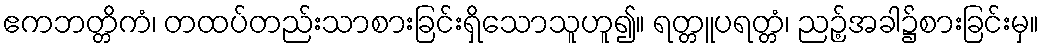
ဧကဘတ္တိကံ၊ တထပ်တည်းသာစားခြင်းရှိသောသူဟူ၍။ ရတ္တူပရတ္တံ၊ ညဉ့်အခါ၌စားခြင်းမှ။